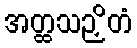
အတ္ထသဉှိတံ